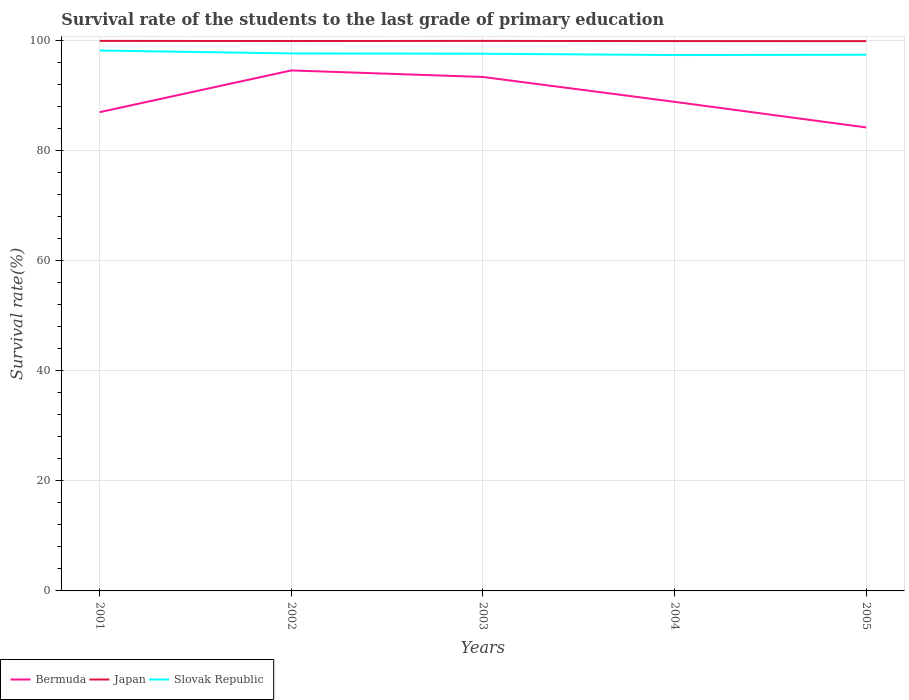
| Years | Bermuda | Japan | Slovak Republic |
 | --- | --- | --- | --- |
 | 2001 | 87 | 100 | 98.2 |
 | 2002 | 94.6 | 99.9 | 97.7 |
 | 2003 | 93.4 | 100 | 97.6 |
 | 2004 | 88.9 | 99.9 | 97.4 |
 | 2005 | 84.2 | 99.9 | 97.4 |